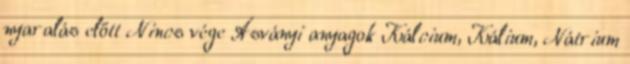
nyaralás előtt Nincs vége Ásványi anyagok Kálcium, Kálium, Nátrium